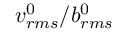
{ v _ { r m s } ^ { 0 } } / { b _ { r m s } ^ { 0 } }